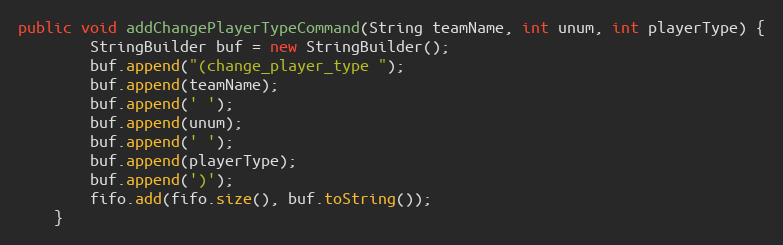
Language: Java
public void addChangePlayerTypeCommand(String teamName, int unum, int playerType) {
        StringBuilder buf = new StringBuilder();
        buf.append("(change_player_type ");
        buf.append(teamName);
        buf.append(' ');
        buf.append(unum);
        buf.append(' ');
        buf.append(playerType);
        buf.append(')');
        fifo.add(fifo.size(), buf.toString());
    }